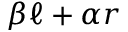
\beta \ell + \alpha r